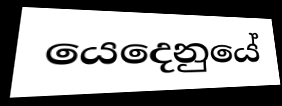
යෙදෙනුයේ